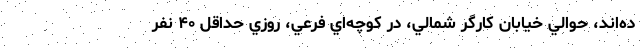
ده‌اند، حوالي خيابان كارگر شمالي، در كوچه‌اي فرعي، روزي حداقل ۴۰ نفر